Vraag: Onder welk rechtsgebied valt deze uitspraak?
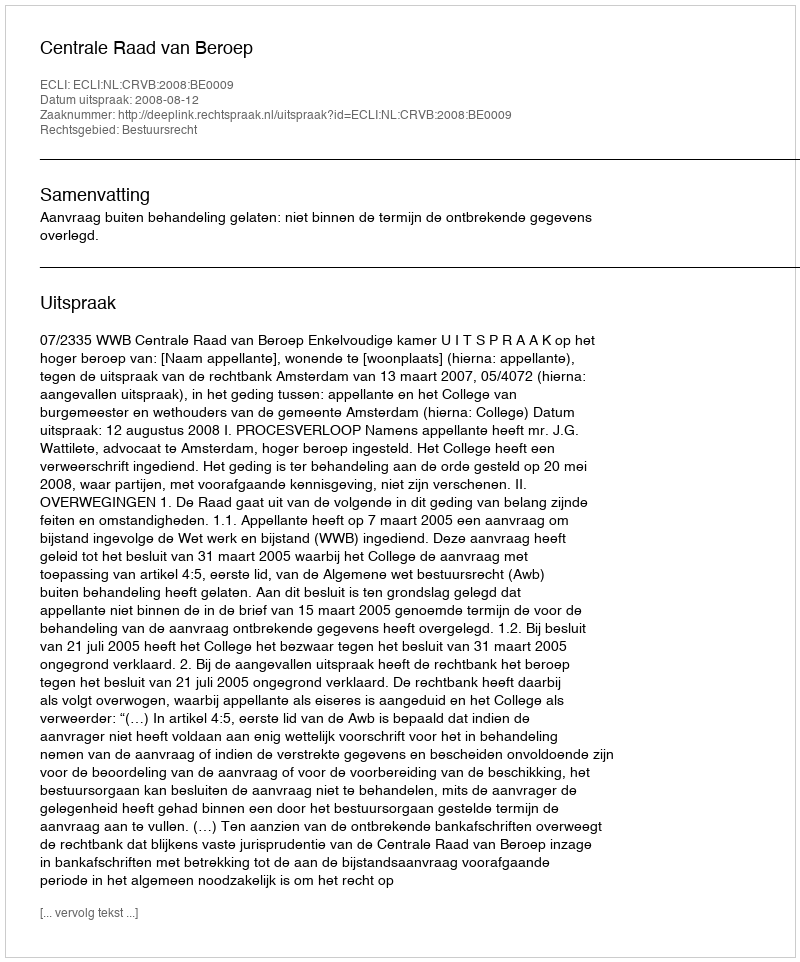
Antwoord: Bestuursrecht